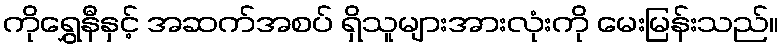
ကိုရွှေနီနှင့် အဆက်အစပ် ရှိသူများအားလုံးကို မေးမြန်းသည်။